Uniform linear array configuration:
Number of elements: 48
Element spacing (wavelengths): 0.75
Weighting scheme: exponential
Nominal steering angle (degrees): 45
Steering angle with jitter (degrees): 43.877
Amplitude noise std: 0.05
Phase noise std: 0.05

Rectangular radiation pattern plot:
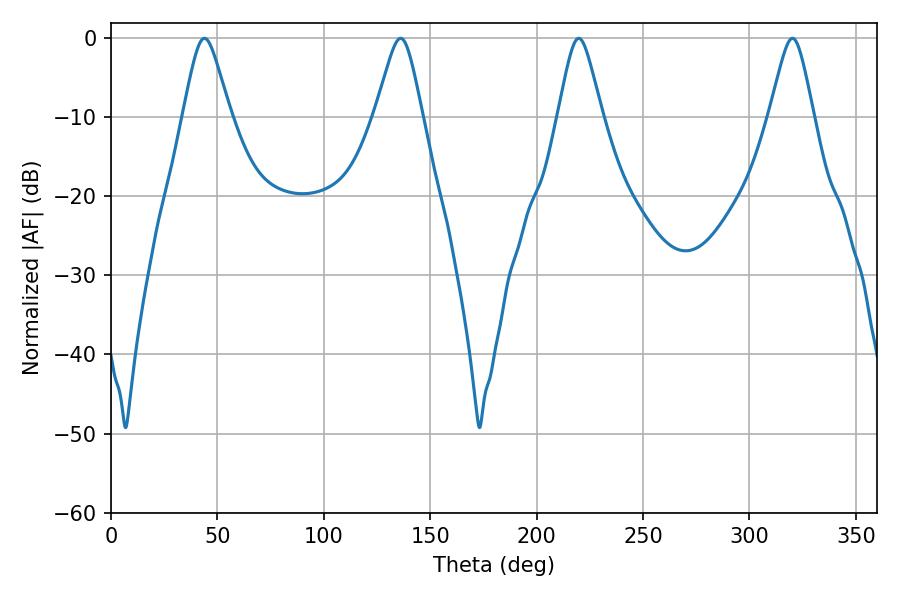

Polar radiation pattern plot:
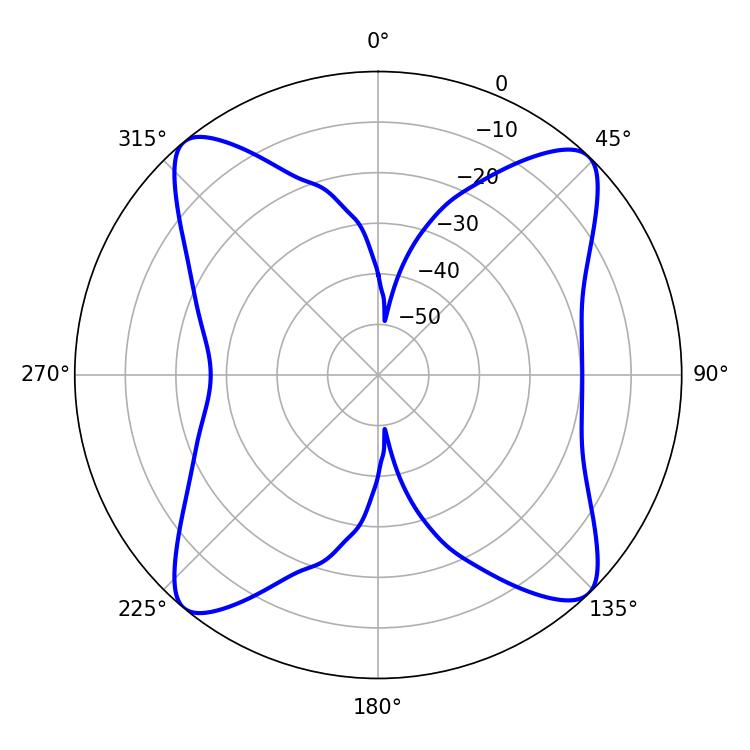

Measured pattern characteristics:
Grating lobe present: TRUE
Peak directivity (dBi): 15.9
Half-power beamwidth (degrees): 9.9
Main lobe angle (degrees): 219.78